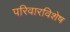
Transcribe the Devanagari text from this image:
परिवारविशेष